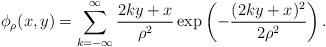
LaTeX: \begin{align*} \phi_{\rho} (x,y) = \sum_{k=-\infty}^{\infty} \frac{2ky+x}{\rho^2} \exp \left( -\frac{(2ky+x)^2}{2 \rho^2} \right).\end{align*}